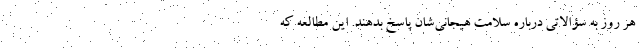
هر روز به سؤالاتی درباره سلامت هیجانی‌شان پاسخ بدهند. این مطالعه که